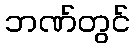
ဘဏ်တွင်